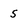
Character: 5